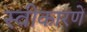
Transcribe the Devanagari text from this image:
स्वीकारणें